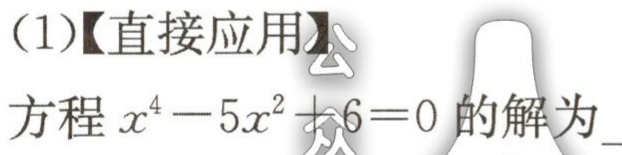
(1)【直接应用】
方程\(x^{4}-5x^{2}+6 = 0\)的解为___